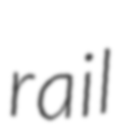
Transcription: rail